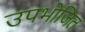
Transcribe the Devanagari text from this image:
उपभोजित